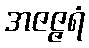
အဇဇ္ဇရံ